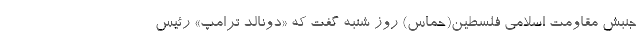
جنبش مقاومت اسلامی فلسطین(حماس) روز شنبه گفت که «دونالد ترامپ» رئیس